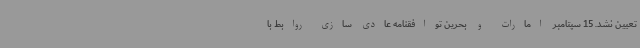
تعیین نشد. 15 سپتامبر امارات و بحرین توافقنامه عادی سازی روابط با